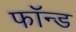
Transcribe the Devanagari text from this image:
फॉन्ड